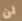
لن